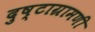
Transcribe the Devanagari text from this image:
दुष्टाग्रामणी